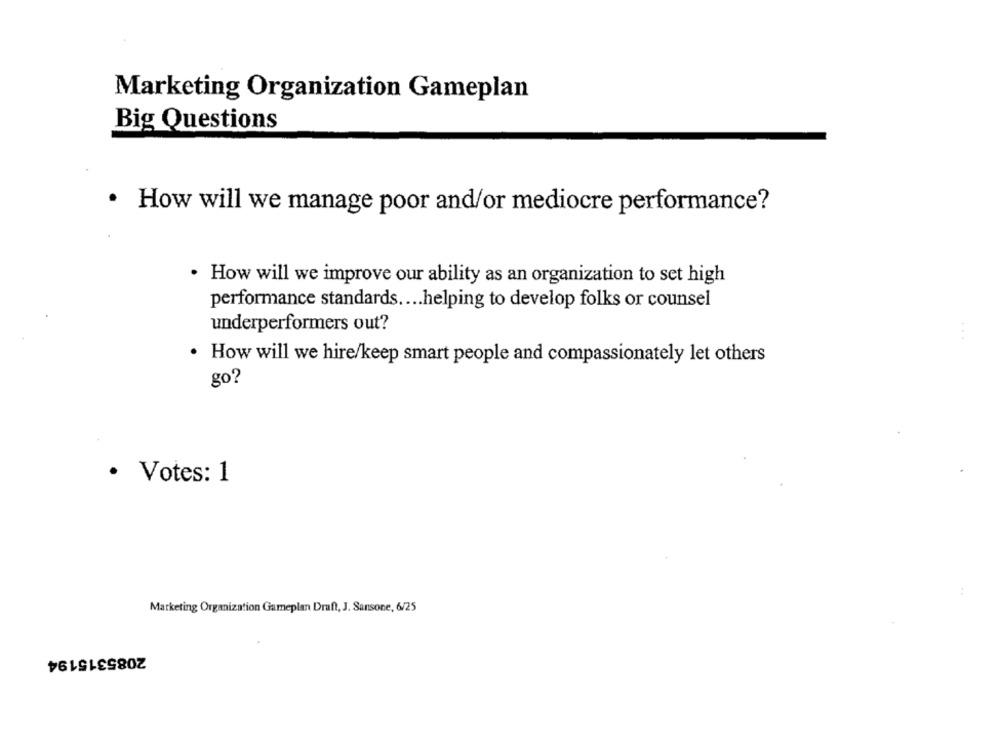
Marketing Organization Gameplan
Big Questions
· How will we manage poor and/or mediocre performance?
· How will we improve our ability as an organization to set high
performance standards .... helping to develop folks or counsel
underperformers out?
How will we hire/keep smart people and compassionately let others
go?
· Votes: 1
Marketing Organization Gameplan Draft, J. Sansone, 6/25
2085315194